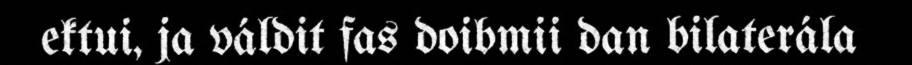
ektui, ja váldit fas doibmii dan bilaterála